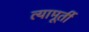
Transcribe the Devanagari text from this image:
त्यामूर्ती